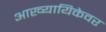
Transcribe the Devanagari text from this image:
आख्यायिकेवर